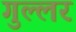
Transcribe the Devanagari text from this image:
गुल्लर